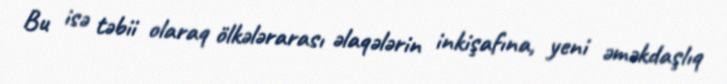
Bu isə təbii olaraq ölkələrarası əlaqələrin inkişafına, yeni əməkdaşlıq